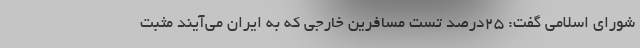
شورای اسلامی گفت: ٢۵درصد تست مسافرین خارجی که به ایران می‌آیند مثبت